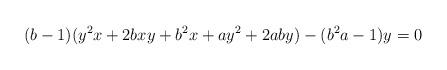
LaTeX: \begin{align*}(b-1)(y^2x+2bxy+b^2x+ay^2+2aby)-(b^2a-1)y=0\end{align*}